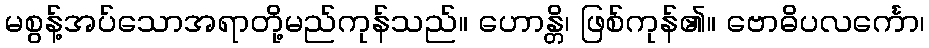
မစွန့်အပ်သောအရာတို့မည်ကုန်သည်။ ဟောန္တိ၊ ဖြစ်ကုန်၏။ ဗောဓိပလင်္ကော၊